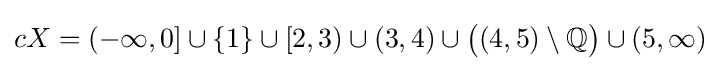
cX=(-\infty ,0]\cup \{1\}\cup [2,3)\cup (3,4)\cup {\bigl (}(4,5)\setminus \mathbb {Q} {\bigr )}\cup (5,\infty )